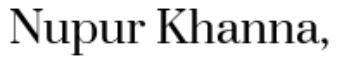
Nupur Khanna,